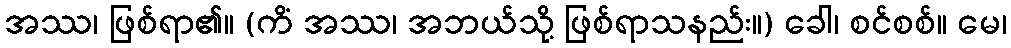
အဿ၊ ဖြစ်ရာ၏။ (ကိံ အဿ၊ အဘယ်သို့ ဖြစ်ရာသနည်း။) ခေါ၊ စင်စစ်။ မေ၊